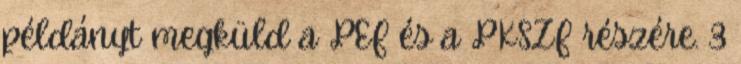
példányt megküld a PEF és a PKSZF részére. 3